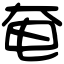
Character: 奄